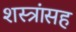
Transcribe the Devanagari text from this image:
शस्त्रांसह